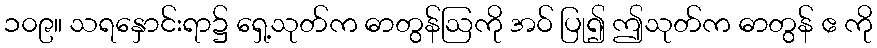
၁၀၉။ သရနှောင်းရာ၌ ရှေ့သုတ်က ဓာတွန်ဩကို အဝ် ပြု၍ ဤသုတ်က ဓာတွန် ဧ ကို